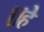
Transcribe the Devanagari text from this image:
॥हे